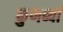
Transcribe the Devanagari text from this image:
कुणब्यां